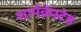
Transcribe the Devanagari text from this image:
शार्पक्रेस्टेड